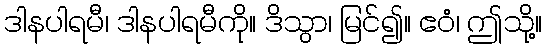
ဒါနပါရမီ၊ ဒါနပါရမီကို။ ဒိသွာ၊ မြင်၍။ ဧဝံ၊ ဤသို့။